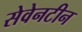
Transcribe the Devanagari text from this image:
सेवेनटीन